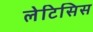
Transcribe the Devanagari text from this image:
लेटिसिस